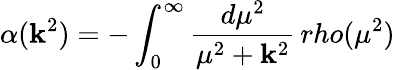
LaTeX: \alpha(\mathbf{k}^{2})=-\int_{0}^{\infty}{\frac{{d\mu^{2}}}{{\mu^{2}+\mathbf{k}^{2}}}}\, rho(\mu^{2})